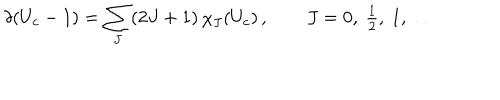
\delta ( U _ { c } - 1 ) = \sum _ { J } ( 2 J + 1 ) \, \chi _ { J } ( U _ { c } ) \, , \qquad J = 0 , ~ { \textstyle { \frac { 1 } { 2 } } } , ~ 1 , ~ \dots